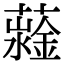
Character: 𧁆